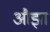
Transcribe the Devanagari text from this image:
औझा